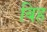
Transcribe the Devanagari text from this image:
बिह